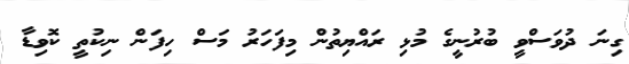
ގިނަ ދުވަސްވީ ބުރުނީގެ މުޅި ރައްޔިތުން މިފަހަރު މަސް ހިފަން ނިކުތީ ކޮވިޑާ